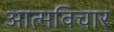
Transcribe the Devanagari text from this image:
आत्मविचार